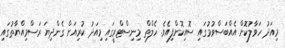
މިއަދު ހަވާލުކޮށް އެއްބަސްވުމުގައި ސޮއިކޮށްފިއެވެ. ހެލްތް މިނިސްޓްރީގައި މިއަދު ކުރިއަށް ގެންދިޔަ ރަސްމިއްޔާތުގައި